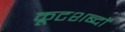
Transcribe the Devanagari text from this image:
कूटशब्दों